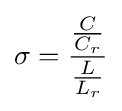
\sigma ={\frac {\frac {C}{C_{r}}}{\frac {L}{L_{r}}}}